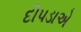
દીપડાએ